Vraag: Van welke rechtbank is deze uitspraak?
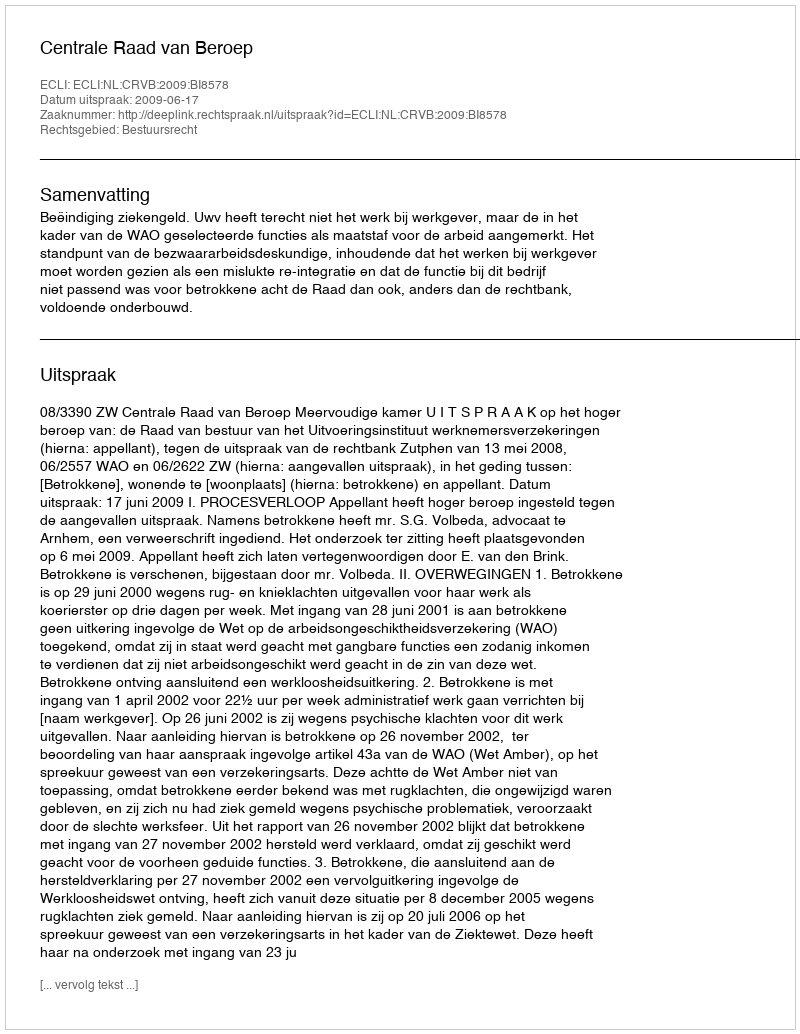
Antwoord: Centrale Raad van Beroep